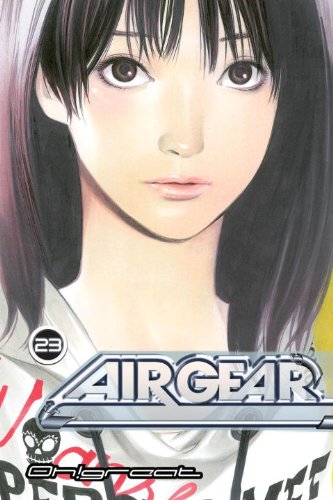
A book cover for Air Gear 23; Oh!Great; Comics & Graphic Novels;